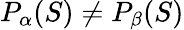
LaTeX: P_{\alpha}(S)\neq P_{\beta}(S)